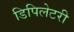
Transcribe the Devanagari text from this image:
डिपिलेटरी